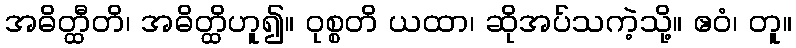
အဓိတ္ထီတိ၊ အဓိတ္ထိဟူ၍။ ဝုစ္စတိ ယထာ၊ ဆိုအပ်သကဲ့သို့။ ဧဝံ၊ တူ။